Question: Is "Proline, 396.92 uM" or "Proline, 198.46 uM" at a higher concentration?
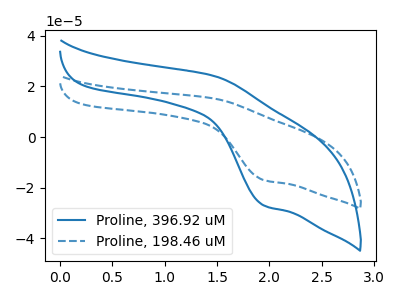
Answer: <think>The blue curve "Proline, 396.92 uM" has an anodic peak at (1.45V, 24.05uA) and a cathodic peak at (1.95V, -27.00uA). The blue dashed curve "Proline, 198.46 uM" has an anodic peak at (1.45V, 15.15uA) and a cathodic peak at (1.95V, -17.00uA).
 All the peaks in "Proline, 396.92 uM" have a peak in "Proline, 198.46 uM" at the same potential. Every peak in "Proline, 396.92 uM" is higher than every peak in "Proline, 198.46 uM".</think>
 <answer>"Proline, 396.92 uM" has more signal than "Proline, 198.46 uM" and so likely has a higher concentration.</answer>
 <eval>more_concentration</eval>